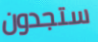
ستجدون